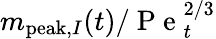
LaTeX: m_{\mathrm{peak},I}(t)/\mathrm{~P~e~}_{t}^{2/3}